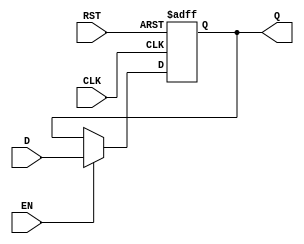
module BarrierRegister #(
    parameter WIDTH = 8  // Parameterizable width for data input/output
)(
    input  wire [WIDTH-1:0] D,  // Data input
    input  wire CLK,              // Clock signal
    input  wire EN,               // Enable signal
    input  wire RST,              // Asynchronous reset
    output reg  [WIDTH-1:0] Q     // Data output
);

// Always block for sequential logic
always @(posedge CLK or posedge RST) begin
    if (RST) begin
        Q <= {WIDTH{1'b0}};        // Reset output to 0
    end else if (EN) begin
        Q <= D;                   // Capture the input data
    end
    // If EN is low, Q retains its previous value
end

endmodule